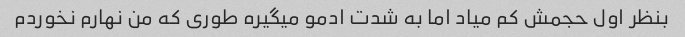
بنظر اول حجمش کم میاد اما به شدت ادمو میگیره طوری که من نهارم نخوردم